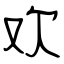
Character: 欢